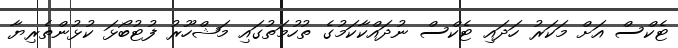
ޓެކްސް އަށް މަކަރު ހަދައި ޓެކްސް ނުދައްކާކަމުގެ ތުހުމަތުގައި މަޝްހޫރު ފުޓުބޯޅަ ކުޅުންތެރިޔާ